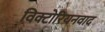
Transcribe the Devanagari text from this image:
विक्टोरियनवाद